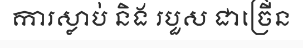
ការស្លាប់ និង របួស ជាច្រើន